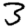
Digit: 3